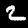
Digit: 2